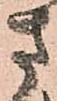
さ